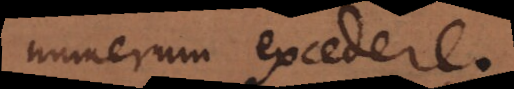
numerum excedere.